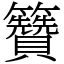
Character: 籫